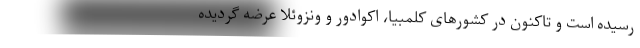
رسیده است و تاکنون در کشورهای کلمبیا، اکوادور و ونزوئلا عرضه گردیده